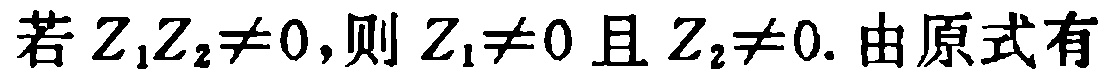
若 \(Z_1Z_2\neq0\)，则 \(Z_1\neq0\) 且 \(Z_2\neq0\). 由原式有